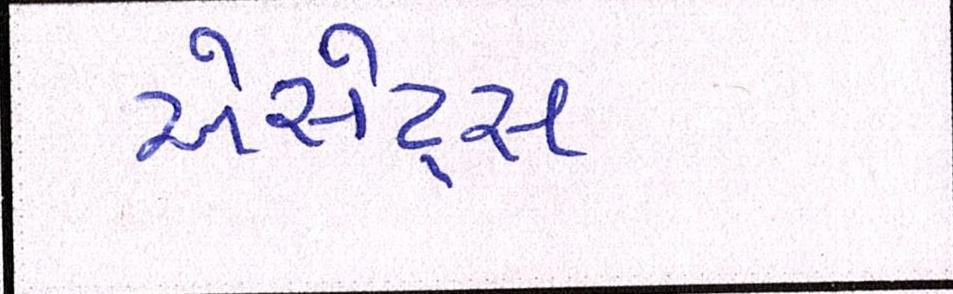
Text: એસેટ્સ